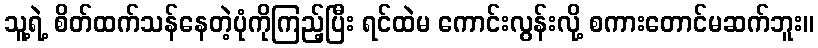
သူ့ရဲ့ စိတ်ထက်သန်နေတဲ့ပုံကိုကြည့်ပြီး ရင်ထဲမ ကောင်းလွန်းလို့ စကားတောင်မဆက်ဘူး။